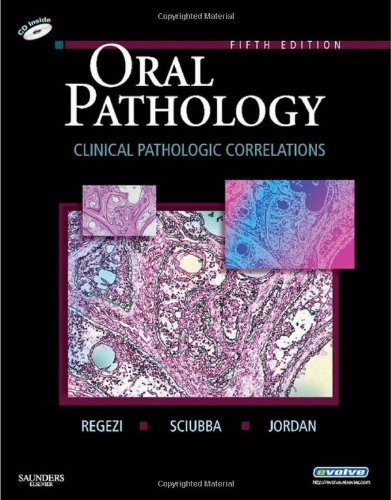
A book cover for Oral Pathology: Clinical Pathologic Correlations, 5e; Joseph A. Regezi; Medical Books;